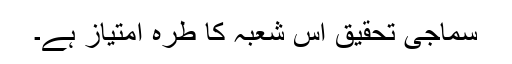
سماجی تحقیق اس شعبہ کا طرۂ امتیاز ہے۔